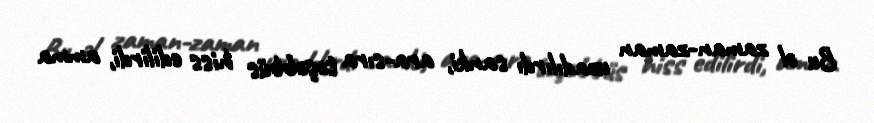
Bu əl zaman-zaman uzadılırdı sanki, ara-sıra təşəbbüs hiss edilirdi, amma